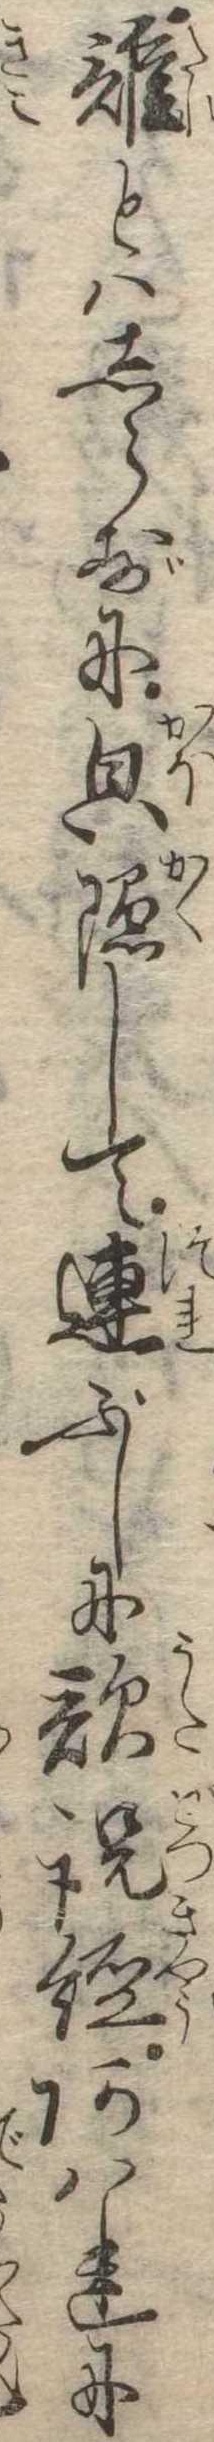
誰とはしらずに隠して連ぶしに歌説経あはれに